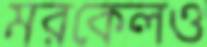
মরকেলও